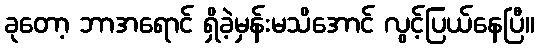
ခုတော့ ဘာအရောင် ရှိခဲ့မှန်းမသိအောင် လွင့်ပြယ်နေပြီ။